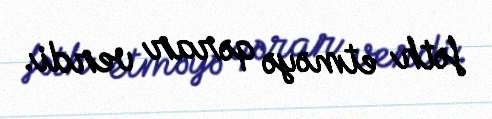
fəth etməyə qərar verdi.